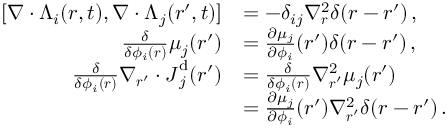
\begin{array} { r l } { [ \nabla \cdot { \boldsymbol { \Lambda } } _ { i } ( { \boldsymbol { r } } , t ) , \nabla \cdot { \boldsymbol { \Lambda } } _ { j } ( { \boldsymbol { r } } ^ { \prime } , t ) ] } & { = - \delta _ { i j } \nabla _ { \boldsymbol { r } } ^ { 2 } \delta ( { \boldsymbol { r } } - { \boldsymbol { r } } ^ { \prime } ) \, , } \\ { \frac { \delta } { \delta \phi _ { i } ( { \boldsymbol { r } } ) } \mu _ { j } ( { \boldsymbol { r } } ^ { \prime } ) } & { = \frac { \partial \mu _ { j } } { \partial \phi _ { i } } ( { \boldsymbol { r } } ^ { \prime } ) \delta ( { \boldsymbol { r } } - { \boldsymbol { r } } ^ { \prime } ) \, , } \\ { \frac { \delta } { \delta \phi _ { i } ( { \boldsymbol { r } } ) } \nabla _ { { \boldsymbol { r } } ^ { \prime } } \cdot { \boldsymbol { J } } _ { j } ^ { \mathrm { d } } ( { \boldsymbol { r } } ^ { \prime } ) } & { = \frac { \delta } { \delta \phi _ { i } ( { \boldsymbol { r } } ) } \nabla _ { { \boldsymbol { r } } ^ { \prime } } ^ { 2 } \mu _ { j } ( { \boldsymbol { r } } ^ { \prime } ) } \\ & { = \frac { \partial \mu _ { j } } { \partial \phi _ { i } } ( { \boldsymbol { r } } ^ { \prime } ) \nabla _ { { \boldsymbol { r } } ^ { \prime } } ^ { 2 } \delta ( { \boldsymbol { r } } - { \boldsymbol { r } } ^ { \prime } ) \, . } \end{array}